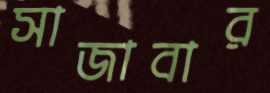
সাজাবার